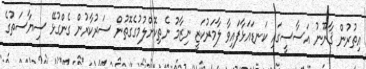
އިތުރުން ޤާނޫނު އަސާސީގައި ކަނޑައަޅާފައިވާ ލާމަރުކަޒީ ނިޒާމު ނެތިކޮށްލުމުގެގޮތުން ސަރުކާރުން ގެންގުޅޭ ސިޔާސަތުގެ